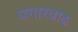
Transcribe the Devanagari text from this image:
पगारवाढ